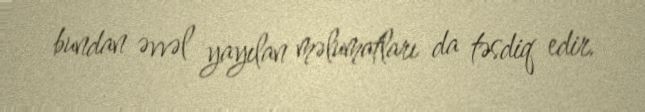
bundan əvvəl yayılan məlumatları da təsdiq edir.